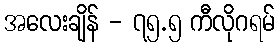
အလေးချိန် - ၇၅.၅ ကီလိုဂရမ်